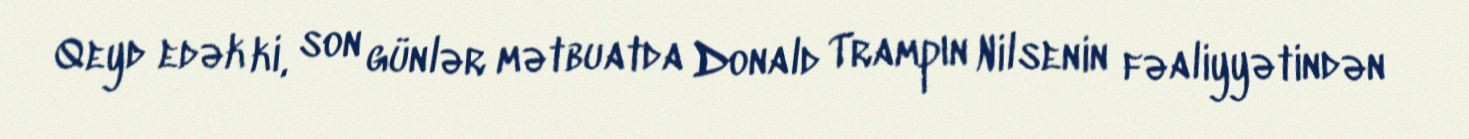
Qeyd edək ki, son günlər mətbuatda Donald Trampın Nilsenin fəaliyyətindən